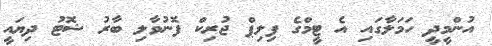
އުންމީދީ ހަމަލާގައި އެ ޓީމްގެ ފިލިޕް ޖުރިކް ފޮނުވާލި ބާރު ޝޮޓު ދިޔައީ